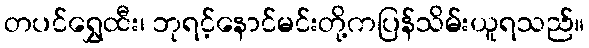
တပင်ရွှေထီး၊ ဘုရင့်နောင်မင်းတို့ကပြန်သိမ်းယူရသည်။